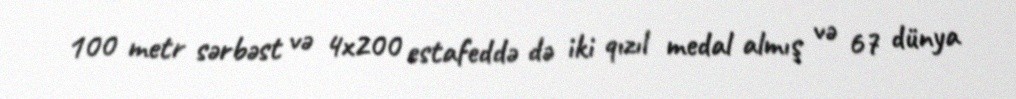
100 metr sərbəst və 4x200 estafeddə də iki qızıl medal almış və 67 dünya